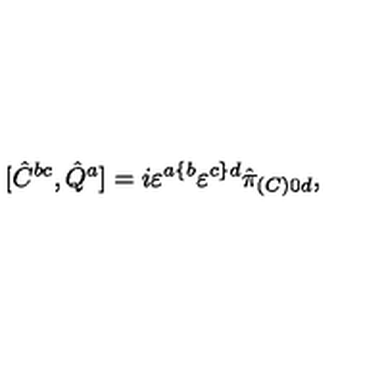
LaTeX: [ \hat { C } ^ { b c } , \hat { Q } ^ { a } ] = i \varepsilon ^ { a \{ b } \varepsilon ^ { c \} d } \hat { \pi } _ { ( C ) 0 d } ,